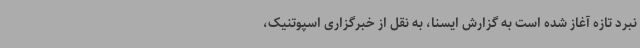
نبرد تازه آغاز شده است به گزارش ایسنا، به نقل از خبرگزاری اسپوتنیک،